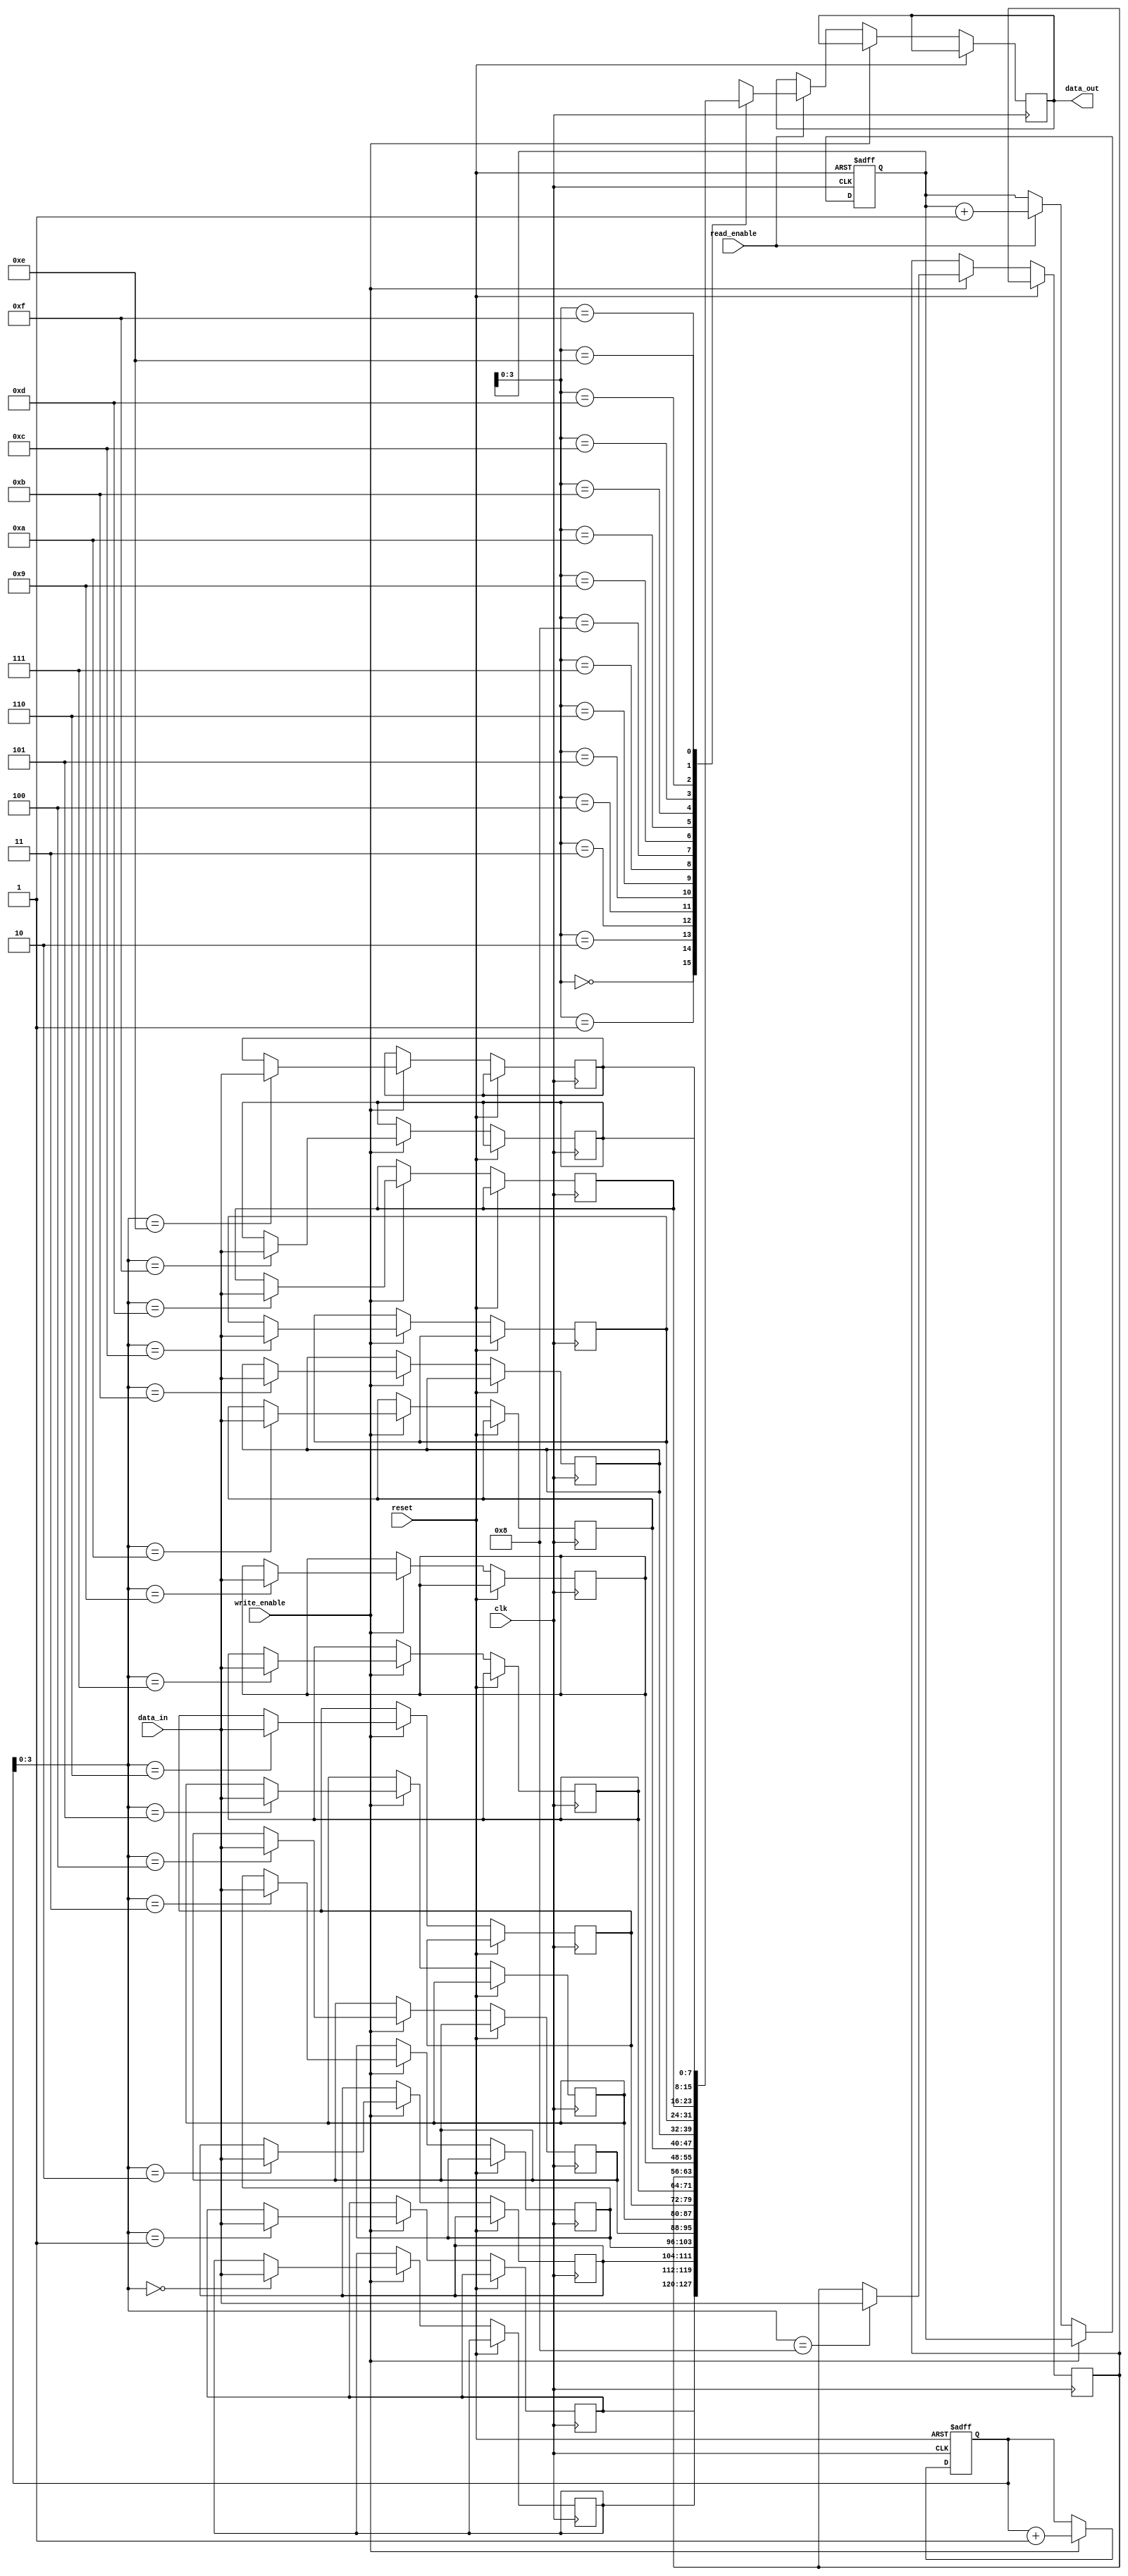
module Timing_Control_Synchronization_FWFT_FIFO (
    input wire clk, // System clock input
    input wire reset, // Reset signal input
    input wire write_enable, // Write enable signal input
    input wire read_enable, // Read enable signal input
    input wire [DATA_WIDTH-1:0] data_in, // Data input
    output reg [DATA_WIDTH-1:0] data_out // Data output
);

parameter DEPTH = 16; // Depth of the FIFO buffer
parameter DATA_WIDTH = 8; // Width of the data bus

reg [DATA_WIDTH-1:0] fifo [0:DEPTH-1]; // FIFO buffer array

reg [4:0] write_ptr; // Write pointer
reg [4:0] read_ptr; // Read pointer

always @(posedge clk or posedge reset) begin
    if (reset) begin
        write_ptr <= 5'b0;
        read_ptr <= 5'b0;
    end else if (write_enable) begin
        fifo[write_ptr] <= data_in;
        write_ptr <= write_ptr + 1;
    end else if (read_enable) begin
        data_out <= fifo[read_ptr];
        read_ptr <= read_ptr + 1;
    end
end

endmodule